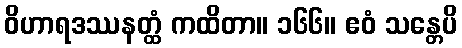
ဝိဟာရဒဿနတ္ထံ ကထိတာ။ ၁၆၆။ ဧဝံ သန္တေပိ